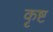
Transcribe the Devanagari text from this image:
कृष्ट